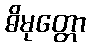
ဓိမုတ္တော